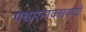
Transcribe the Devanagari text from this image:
पश्चमानवतावादी